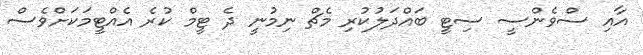
އާއި ސްވެންސީ ސިޓީ ބައްދަލުކުރި މެޗް ނިމުނީ ދެ ޓީމް ކުރެ އެއްޓީމަކަށްވެސް